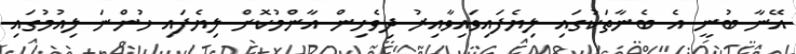
އޭނާ ބުނީ އެ ބެނާތަކުގައި ލިޔެފައިވައިވާއިރު ދިވެހިން އާންމުކޮށް ލިޔެފައި ހުންނަ ލިއުމުގައި